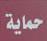
حماية